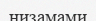
низамами